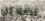
تضعين